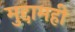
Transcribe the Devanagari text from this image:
मुद्दामही